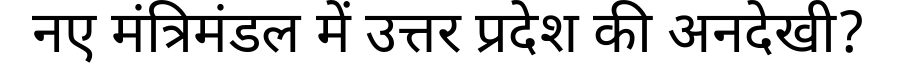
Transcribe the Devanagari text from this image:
नए मंत्रिमंडल में उत्तर प्रदेश की अनदेखी?